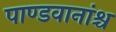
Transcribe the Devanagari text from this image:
पाण्डवानांश्च